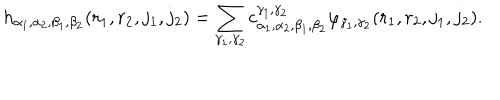
LaTeX: h _ { \alpha _ { 1 } , \alpha _ { 2 } , \beta _ { 1 } , \beta _ { 2 } } ( r _ { 1 } , r _ { 2 } , j _ { 1 } , j _ { 2 } ) = \sum _ { \gamma _ { 1 } , \gamma _ { 2 } } c _ { \alpha _ { 1 } , \alpha _ { 2 } , \beta _ { 1 } , \beta _ { 2 } } ^ { \gamma _ { 1 } , \gamma _ { 2 } } \varphi _ { \gamma _ { 1 } , \gamma _ { 2 } } ( r _ { 1 } , r _ { 2 } , j _ { 1 } , j _ { 2 } ) .